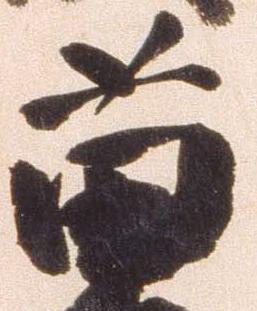
苗